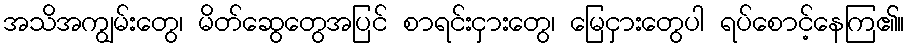
အသိအကျွမ်းတွေ၊ မိတ်ဆွေတွေအပြင် စာရင်းငှားတွေ၊ မြေငှားတွေပါ ရပ်စောင့်နေကြ၏။